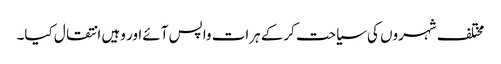
مختلف شہروں کی سیاحت کرکے ہرات واپس آئے اور وہیں انتقال کیا۔